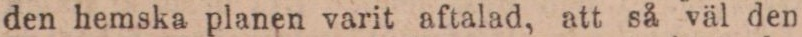
den hemska planen varit aftalad, att så väl den